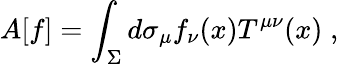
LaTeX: A[f]=\int_{\Sigma}d\sigma_{\mu}f_{\nu}(x)T^{\mu\nu}(x)\; ,